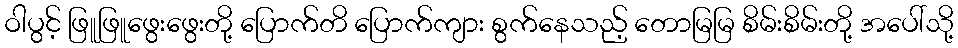
ဝါပွင့် ဖြူဖြူဖွေးဖွေးတို့ ပြောက်တိ ပြောက်ကျား စွက်နေသည့် တောမြမြ စိမ်းစိမ်းတို့ အပေါ်သို့